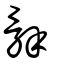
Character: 辤